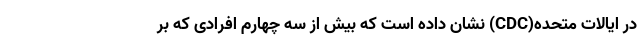
در ایالات متحده(CDC) نشان داده است که بیش از سه چهارم افرادی که بر